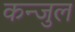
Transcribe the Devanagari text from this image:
कन्जुल